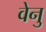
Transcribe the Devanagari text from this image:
वेनु